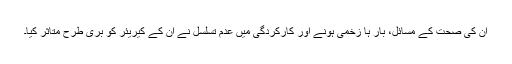
ان کی صحت کے مسائل، بار ہا زخمی ہونے اور کارکردگی میں عدم تسلسل نے ان کے کیریئر کو بری طرح متاثر کیا۔